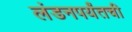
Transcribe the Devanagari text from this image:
लंडनपर्यंतची